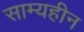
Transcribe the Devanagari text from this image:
साम्यहीन